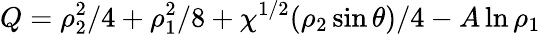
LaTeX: Q=\rho_{2}^{2}/4+\rho_{1}^{2}/8+\chi^{1/2}(\rho_{2}\sin\theta)/4-A\ln\rho_{1}